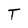
Character: T